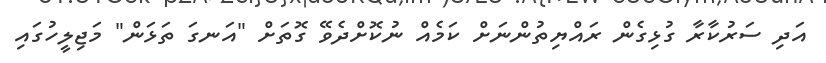
އަދި ސަރުކާރާ ގުޅިގެން ރައްޔިތުންނަށް ކަމެއް ނުކޮށްދެވޭ ގޮތަށް "އަނގަ ތަޅަން" މަޖިލީހުގައި